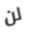
لن